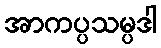
အာကပ္ပသမ္ပဒါ